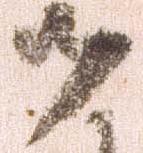
御